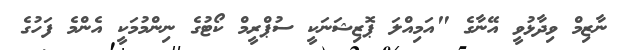
ނާޒިމް ވިދާޅުވީ އޭނާގެ "އަމިއްލަ ޕޮޒިޝަނަކީ ސުޕްރީމް ކޯޓުގެ ނިންމުމަކީ އެންމެ ފަހުގެ